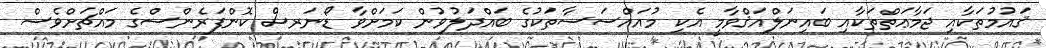
ޤައުމުތަކާއި ޖަމާޢަތްތަކާއި ބައިނަލްއަޤްވާމީ އެކި މުއައްސަސާތަކުގެ ބައްދަލުވުން ކަމަށްވާ ޑޯނަރސް ކޮންފަރެންސްގެ މައްޗަށްވެސް